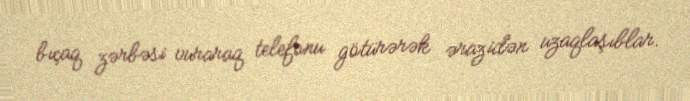
bıçaq zərbəsi vuraraq telefonu götürərək ərazidən uzaqlaşıblar.